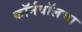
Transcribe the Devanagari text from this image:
कॉर्नवॉलचा